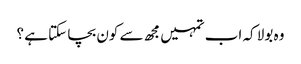
وہ بولا کہ اب تمہیں مجھ سے کون بچا سکتا ہے ؟